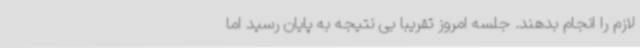
لازم را انجام بدهند. جلسه امروز تقریبا بی نتیجه به پایان رسید اما